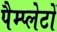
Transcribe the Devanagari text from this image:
पैम्प्लेटों